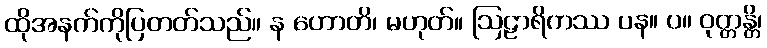
ထိုအနက်ကိုပြတတ်သည်။ န ဟောတိ၊ မဟုတ်။ ဩဠာရိကဿ ပန။ ပ။ ဝုတ္တန္တိ၊